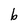
Character: b